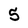
Character: 5